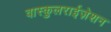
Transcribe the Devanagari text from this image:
वास्कुलराईज़ेशन